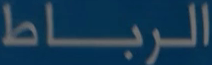
الرباط